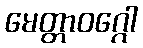
မေတ္တာဝဂ္ဂေါ